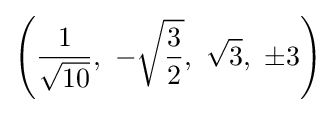
\left({\frac {1}{\sqrt {10}}},\ -{\sqrt {\frac {3}{2}}},\ {\sqrt {3}},\ \pm 3\right)